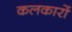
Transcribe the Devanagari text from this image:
कलकारों